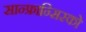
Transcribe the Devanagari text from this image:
सान्फ्रान्सिस्को